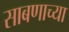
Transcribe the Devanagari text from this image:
साबणाच्या